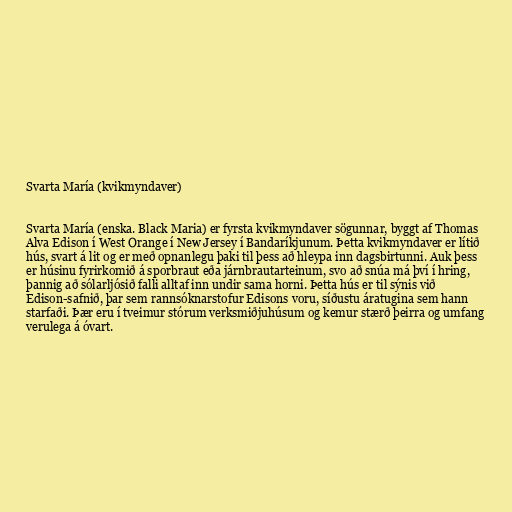
Svarta María (kvikmyndaver)

Svarta María (enska. Black Maria) er fyrsta kvikmyndaver sögunnar, byggt af Thomas
Alva Edison í West Orange í New Jersey í Bandaríkjunum. Þetta kvikmyndaver er lítið
hús, svart á lit og er með opnanlegu þaki til þess að hleypa inn dagsbirtunni. Auk þess
er húsinu fyrirkomið á sporbraut eða járnbrautarteinum, svo að snúa má því í hring,
þannig að sólarljósið falli alltaf inn undir sama horni. Þetta hús er til sýnis við
Edison-safnið, þar sem rannsóknarstofur Edisons voru, síðustu áratugina sem hann
starfaði. Þær eru í tveimur stórum verksmiðjuhúsum og kemur stærð þeirra og umfang
verulega á óvart.